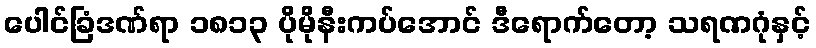
ပေါင်ခြံဒဏ်ရာ ၁၈၁၃ ပိုမိုနီးကပ်အောင် ဒီရောက်တော့ သရဏဂုံနှင့်